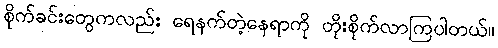
စိုက်ခင်းတွေကလည်း ရေနက်တဲ့နေရာကို တိုးစိုက်လာကြပါတယ်။